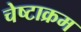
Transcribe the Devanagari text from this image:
चेष्टाक्रम